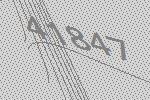
41847